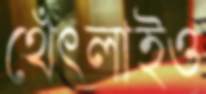
থেঁৎলাইও